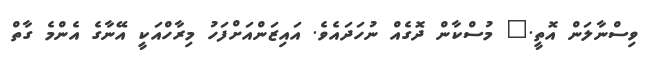
ވިސްނާލަން އޮތީ." މުސްކާން ދޮގެއް ނުހަދައެވެ. އައިޒަންއަށްފަހު މިރާހްއަކީ އޭނާގެ އެންމެ ގާތް